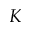
K